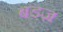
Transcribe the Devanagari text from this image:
बडज़